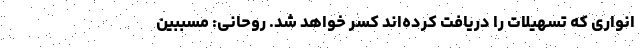
انواری که تسهیلات را دریافت کرده‌اند کسر خواهد شد. روحانی: مسببین